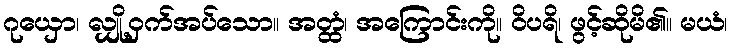
ဂုယှော၊ လျှို့ဝှက်အပ်သော။ အတ္ထံ၊ အကြောင်းကို။ ဝိပရိ၊ ဖွင့်ဆိုမိ၏။ မယံ၊